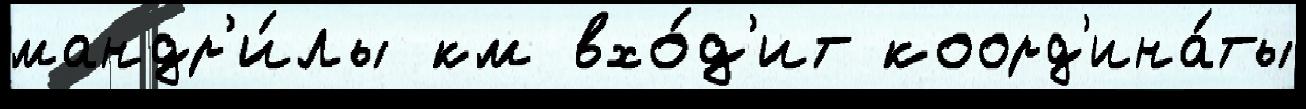
мандр'и́лы км вхо́д'ит коорд'ина́ты